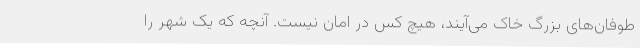
طوفان‌های بزرگ خاک می‌آیند، هیچ کس در امان نیست. آنچه که یک شهر را